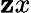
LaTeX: \mathbf{z}x